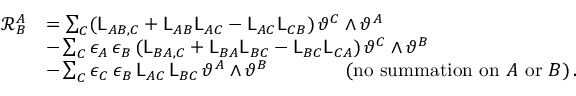
\begin{array} { r l } { \mathcal { R } ^ { A } _ { B } } & { = \sum _ { C } ( \mathsf { L } _ { A B , C } + \mathsf { L } _ { A B } \mathsf { L } _ { A C } - \mathsf { L } _ { A C } \mathsf { L } _ { C B } ) \, \vartheta ^ { C } \wedge \vartheta ^ { A } } \\ & { - \sum _ { C } \epsilon _ { A } \, \epsilon _ { B } \, ( \mathsf { L } _ { B A , C } + \mathsf { L } _ { B A } \mathsf { L } _ { B C } - \mathsf { L } _ { B C } \mathsf { L } _ { C A } ) \, \vartheta ^ { C } \wedge \vartheta ^ { B } } \\ & { - \sum _ { C } \epsilon _ { C } \, \epsilon _ { B } \, \mathsf { L } _ { A C } \, \mathsf { L } _ { B C } \, \vartheta ^ { A } \wedge \vartheta ^ { B } \qquad \qquad ( \mathrm { n o ~ s u m m a t i o n ~ o n } ~ A ~ \mathrm { o r } ~ B ) \, . } \end{array}